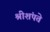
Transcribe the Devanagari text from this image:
श्रीशंपते